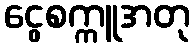
ငွေစက္ကူအတု